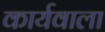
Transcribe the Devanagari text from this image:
कार्यवाला